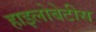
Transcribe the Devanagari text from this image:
हाइलोबेटीस